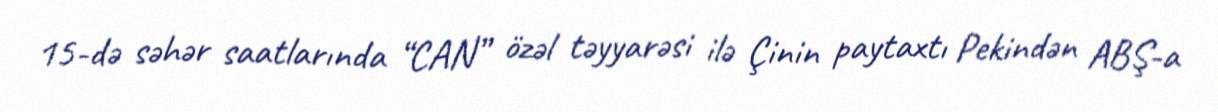
15-də səhər saatlarında “CAN” özəl təyyarəsi ilə Çinin paytaxtı Pekindən ABŞ-a